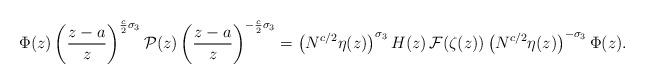
LaTeX: \begin{align*}\Phi(z)\left(\frac{z-a}{z}\right)^{\frac{c}{2}\sigma_3}\mathcal {P}(z)\left(\frac{z-a}{z}\right)^{-\frac{c}{2}\sigma_3}=\left(N^{c/2} \eta(z)\right)^{\sigma_3} H(z)\,{\cal F}(\zeta(z))\left(N^{c/2} \eta(z)\right)^{-\sigma_3} \Phi(z).\end{align*}